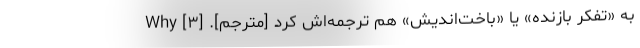
به «تفکر بازنده» یا «باخت‌اندیش» هم ترجمه‌اش کرد [مترجم]. [۳] Why